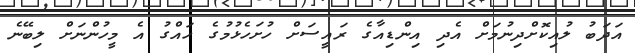
އަދަބު ލުއިކޮށްދިނުމަށް އެދި އިންޑިއާގެ ރައީސަށް ހުށަހެޅުމުގެ ހައްގު އެ މީހުންނަށް ލިބޭނެ